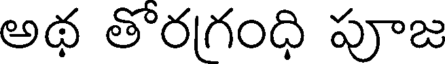
అథ తొరగంధి పూజ